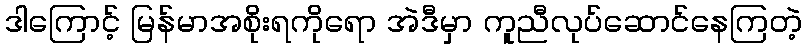
ဒါကြောင့် မြန်မာအစိုးရကိုရော အဲဒီမှာ ကူညီလုပ်ဆောင်နေကြတဲ့